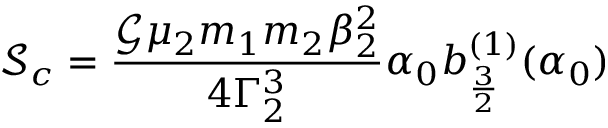
\mathcal { S } _ { c } = \frac { \mathcal { G } \mu _ { 2 } m _ { 1 } m _ { 2 } \beta _ { 2 } ^ { 2 } } { 4 \Gamma _ { 2 } ^ { 3 } } \alpha _ { 0 } b _ { \frac { 3 } { 2 } } ^ { ( 1 ) } ( \alpha _ { 0 } )